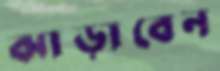
ঝাড়াবেন